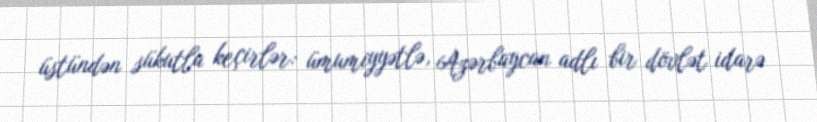
üstündən sükutla keçirlər: ümumiyyətlə, Azərbaycan adlı bir dövlət idarə